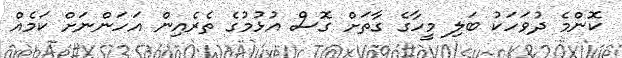
ކޮންމެ ދުވަހަކު ބަލި މީހާގެ ގާތަށް ގޮސް އުޅުމުގެ ތެރެއިން އަހަންނަށް ކަމެއް